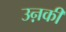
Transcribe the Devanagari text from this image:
उऩकी